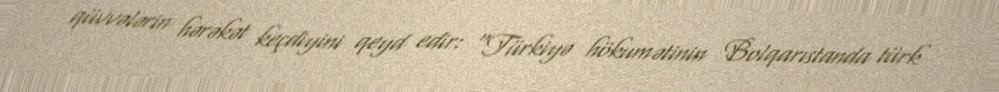
qüvvələrin hərəkət keçdiyini qeyd edir: “Türkiyə hökumətinin Bolqarıstanda türk